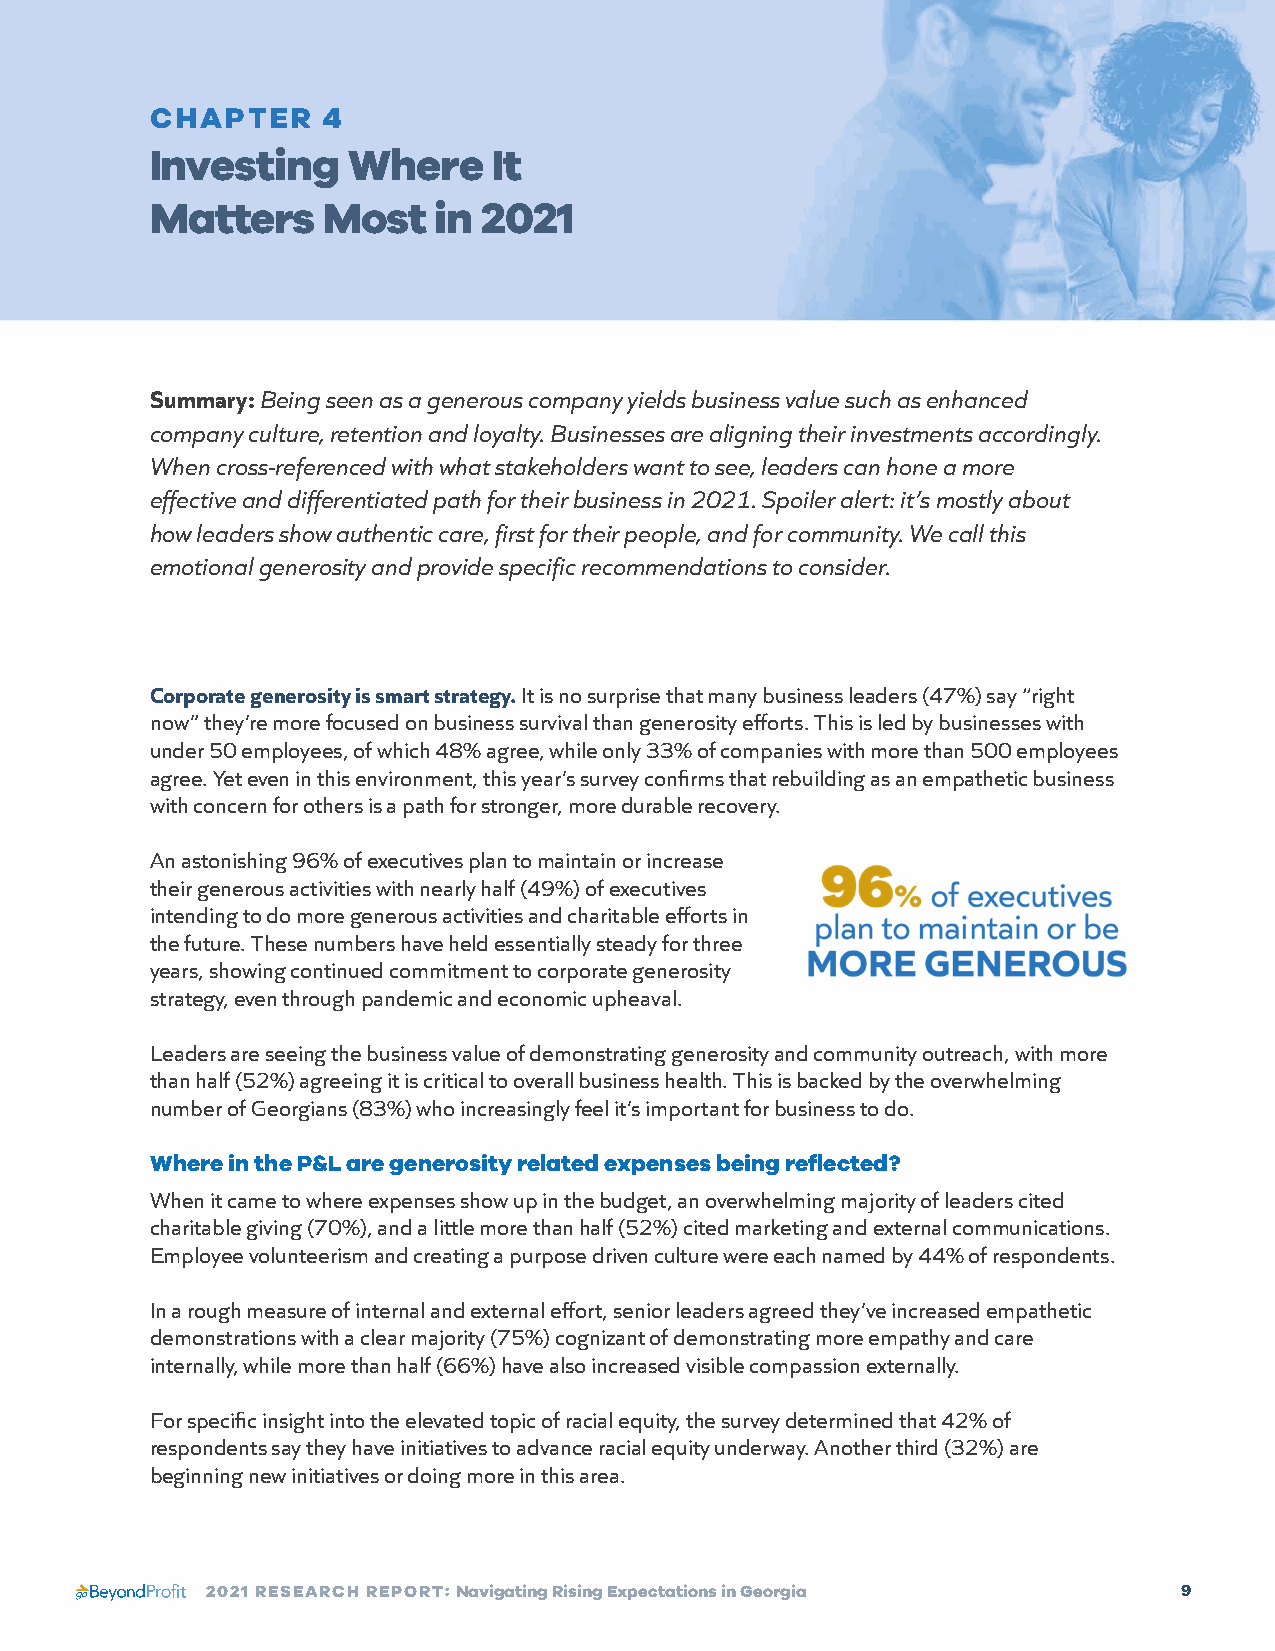
CHAPTER    4
 Investing    Where     It
 Matters    Most    in 2021
 Summary: Being seen as a generous company yields business value such as enhanced
 company culture, retention and loyalty. Businesses are aligning their investments accordingly.
 When cross-referenced with what stakeholders want to see, leaders can hone a more
 effective and differentiated path for their business in 2021. Spoiler alert: it’s mostly about
 how leaders show authentic care, first for their people, and for community. We call this
 emotional generosity and provide specific recommendations to consider.
 Corporate generosity is smart strategy. It is no surprise that many business leaders (47%) say “right
 now” they’re more focused on business survival than generosity efforts. This is led by businesses with
 under 50 employees, of which 48% agree, while only 33% of companies with more than 500 employees
 agree. Yet even in this environment, this year’s survey confirms that rebuilding as an empathetic business
 with concern for others is a path for stronger, more durable recovery.
 An astonishing 96% of executives plan to maintain or increase
 their generous activities with nearly half (49%) of executives
 intending to do more generous activities and charitable efforts in
 the future. These numbers have held essentially steady for three
 years, showing continued commitment to corporate generosity
 strategy, even through pandemic and economic upheaval.
 Leaders are seeing the business value of demonstrating generosity and community outreach, with more
 than half (52%) agreeing it is critical to overall business health. This is backed by the overwhelming
 number of Georgians (83%) who increasingly feel it’s important for business to do.
 Where in the P&L are generosity related expenses being reflected?
 When it came to where expenses show up in the budget, an overwhelming majority of leaders cited
 charitable giving (70%), and a little more than half (52%) cited marketing and external communications.
 Employee volunteerism and creating a purpose driven culture were each named by 44% of respondents.
 In a rough measure of internal and external effort, senior leaders agreed they’ve increased empathetic
 demonstrations with a clear majority (75%) cognizant of demonstrating more empathy and care
 internally, while more than half (66%) have also increased visible compassion externally.
 For specific insight into the elevated topic of racial equity, the survey determined that 42% of
 respondents say they have initiatives to advance racial equity underway. Another third (32%) are
 beginning new initiatives or doing more in this area.
 2021 RESEARCH REPORT: Navigating Rising Expectations in Georgia 9